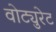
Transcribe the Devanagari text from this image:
वोट्युरेट